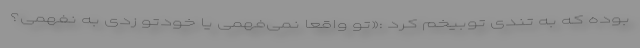
بوده که به تندی توبیخم کرد :«تو واقعاً نمی‌فهمی یا خودتو زدی به نفهمی؟